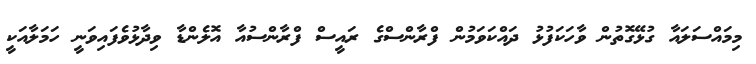
މިމައްސަލައާ ގުޅޭގޮތުން ވާހަކަފުޅު ދައްކަވަމުން ފްރާންސްގެ ރައީސް ފްރާންސުއާ އޮލެންޑާ ވިދާޅުވެފައިވަނީ ހަމަލާއަކީ